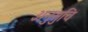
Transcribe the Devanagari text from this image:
अनुसुचि